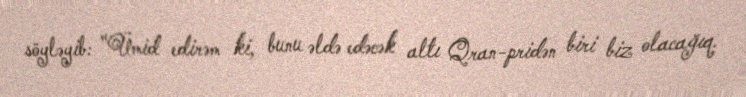
söyləyib: "Ümid edirəm ki, bunu əldə edəcək altı Qran-pridən biri biz olacağıq.